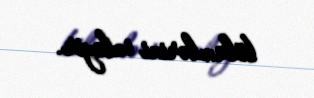
bölümlərini izləyir.